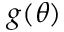
g ( \theta )